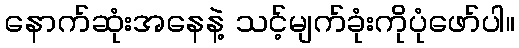
နောက်ဆုံးအနေနဲ့ သင့်မျက်ခုံးကိုပုံဖော်ပါ။